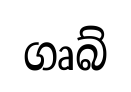
ගෘබ්